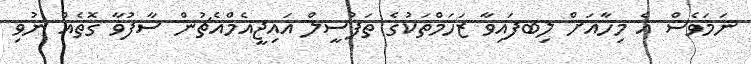
ނަމަވެސް އެ މިހާއަށް ލިބފައިވާ ޒަހަމްތަކުގެ ތަފުސީލް އައިޖީއެމްއެޗުން ސާފުވާ ގޮތެއް ނުވި